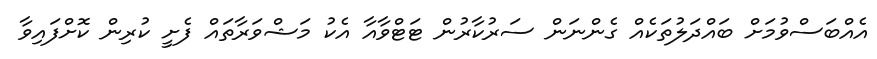
އެއްބަސްވުމަށް ބައްދަލުތަކެއް ގެންނަން ސަރުކާރުން ޓަޓްވާއާ އެކު މަޝްވަރާތައް ފެށީ ކުރިން ކޮށްފައިވާ